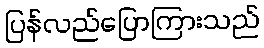
ပြန်လည်ပြောကြားသည်